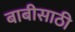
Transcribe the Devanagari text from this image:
बाबीसाठी